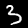
Label: 3